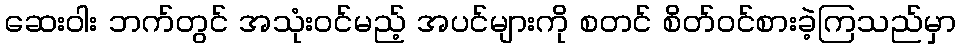
ဆေးဝါး ဘက်တွင် အသုံးဝင်မည့် အပင်များကို စတင် စိတ်ဝင်စားခဲ့ကြသည်မှာ